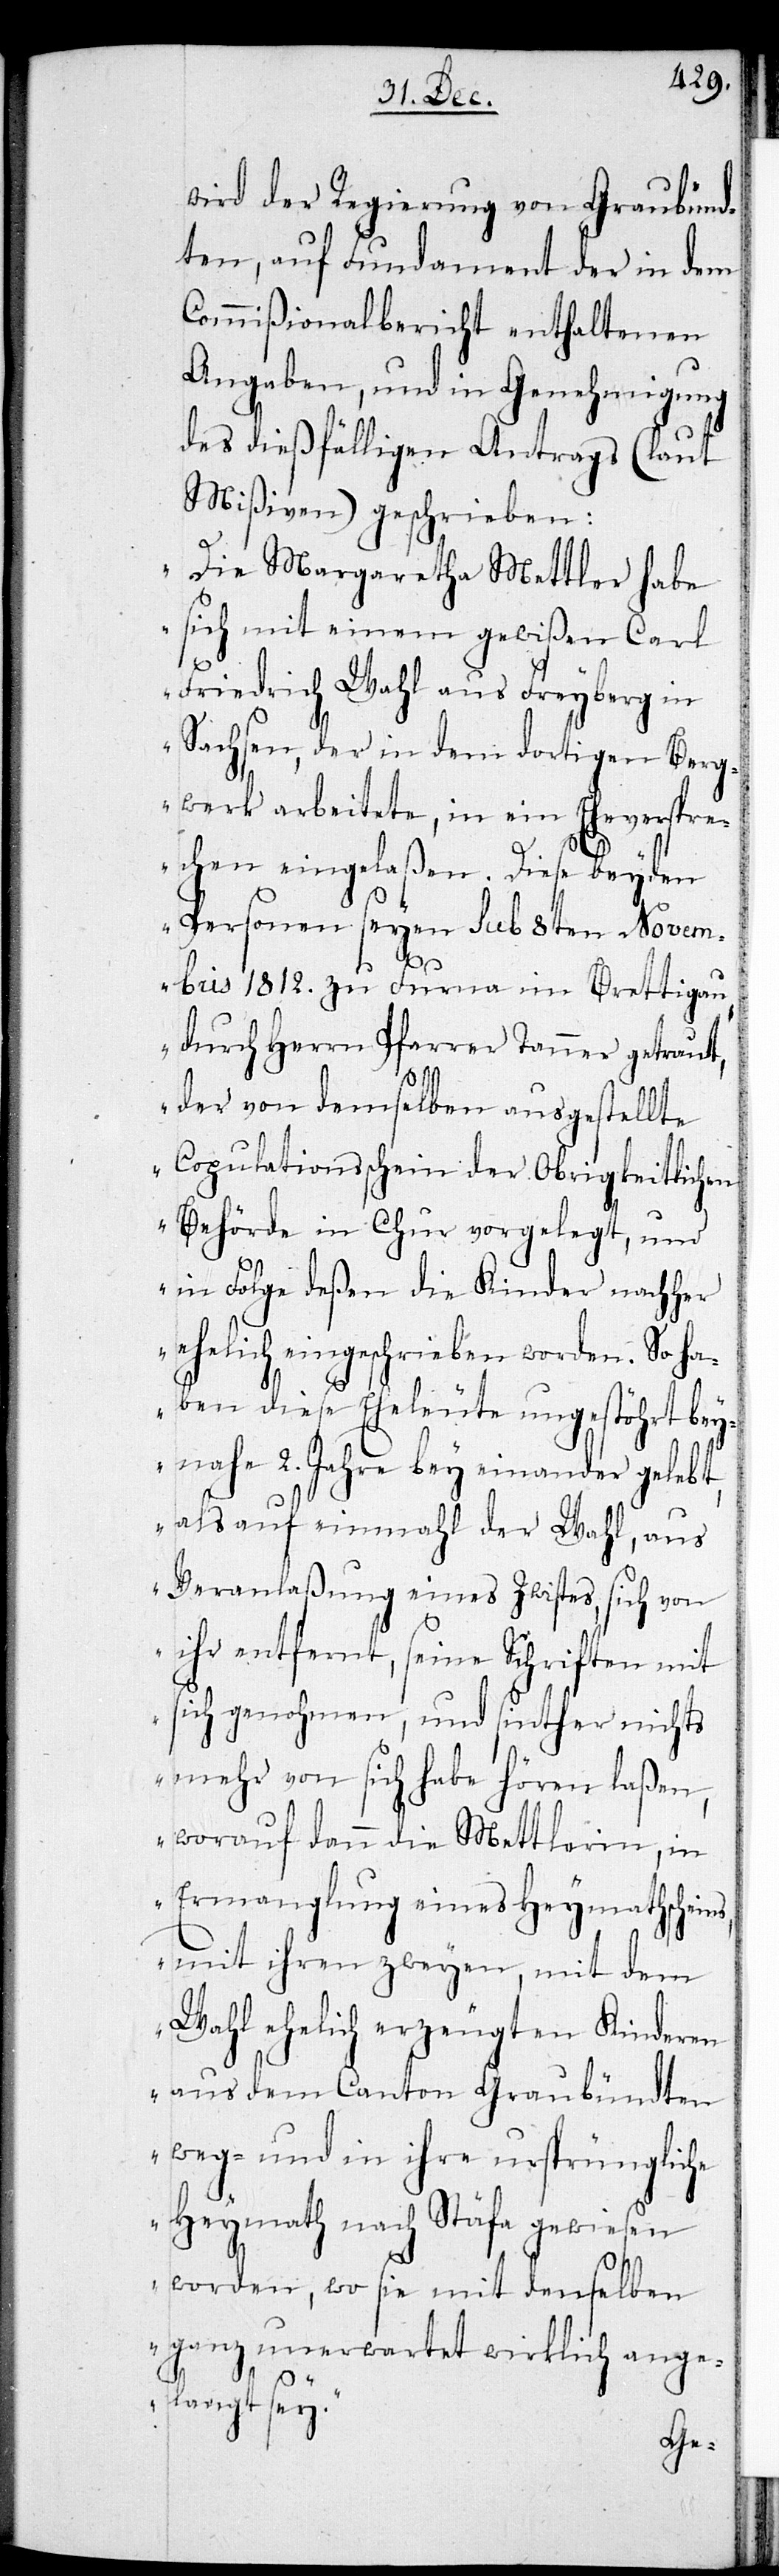
wird der Regierung von Graubünd¬
ten, auf Fundament der in dem
Commißionalbericht enthaltenen
Angaben, und in Genehmigung
des dießfälligen Antrags (laut
Mißiven) geschrieben:
„Die Margareta Mettler habe
sich mit einem gewißen Carl
Friedrich Wahl, aus Freiberg in
Sachsen, der in dem dortigen Berg¬
werk arbeitete, in ein Eheverspre¬
chen eingelaßen. Diese beyden
Personen seyen sub 8ten Novem¬
bris 1812. zu Furna im Prättigau
durch Herrn Pfarrer Tanner getraut,
der von demselben ausgestellte
Copulationsschein der Obrigkeitlichen
Behörde in Chur vorgelegt, und
in Folge deßen die Kinder nachher
ehelich eingeschrieben worden. So ha¬
ben diese Eheleute ungestöhrt bey¬
nahe 2. Jahre bey einander gelebt,
als auf einmahl der Wahl, aus
Veranlaßung eines Zwistes, sich von
ihr entfernt, seine Schriften mit
sich genohmen, und seither nichts
mehr von sich habe hören laßen,
worauf dann die Mettlerin, in
Ermanglung eines Heymathscheins,
mit ihren zweyen, mit dem
Wahl ehelich erzeugten Kinderen
aus dem Canton Graubündten
weg- und in ihre ursprüngliche
Heymath nach Stäfa gewiesen
worden, wo sie mit denselben
ganz unerwartet wirklich ange¬
langt sey.